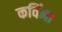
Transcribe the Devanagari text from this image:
कविंना